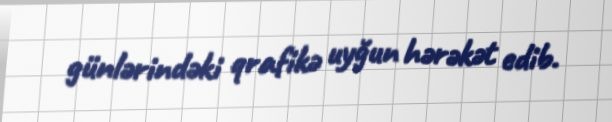
günlərindəki qrafikə uyğun hərəkət edib.